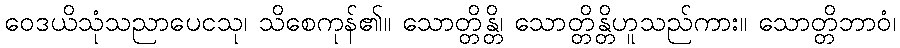
ဝေဒယိသုံသညာပေငသု၊ သိစေကုန်၏။ သောတ္တိန္တိ၊ သောတ္တိန္တိဟူသည်ကား။ သောတ္တိဘာဝံ၊